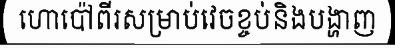
ហោប៉ៅពីរសម្រាប់វេចខ្ចប់និងបង្ហាញ